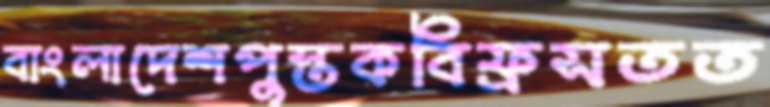
বাংলাদেশপুস্তকবিফ্রসতত